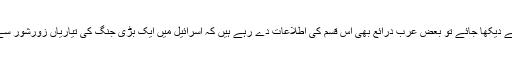
اس حوالے سے دیکھا جائے تو بعض عرب درائع بھی اس قسم کی اطلاعات دے رہے ہیں کہ اسرائیل میں ایک بڑی جنگ کی تیاریاں زورشور سے جاری ہیں ۔